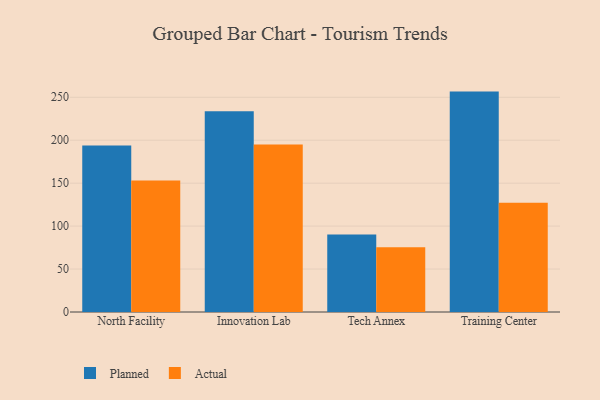
{"axis": {"x": "Campus", "y": "Production Output"}, "legend": ["Actual", "Planned"], "data": [{"x": "North Facility", "y": 193.9, "type": "Planned"}, {"x": "North Facility", "y": 153.1, "type": "Actual"}, {"x": "Innovation Lab", "y": 233.6, "type": "Planned"}, {"x": "Innovation Lab", "y": 195.1, "type": "Actual"}, {"x": "Tech Annex", "y": 90.1, "type": "Planned"}, {"x": "Tech Annex", "y": 75.3, "type": "Actual"}, {"x": "Training Center", "y": 256.6, "type": "Planned"}, {"x": "Training Center", "y": 127.2, "type": "Actual"}]}